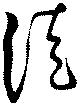
徒